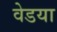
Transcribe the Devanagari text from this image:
वेडया